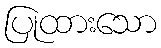
ပြုထားသော